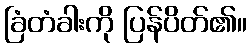
ခြံတံခါးကို ပြန်ပိတ်၏။